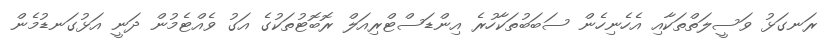
ރަނގަޅު ވަސީލަތްތަކާއި އެހެނިހެން ސަބަބުތަކާހުރެ އިންޑަސްޓްރިއަލް ރޮބޮޓުތަކުގެ އަގު ވެއްޓެމުން ދަނީ އަޅުގަނޑުމެން